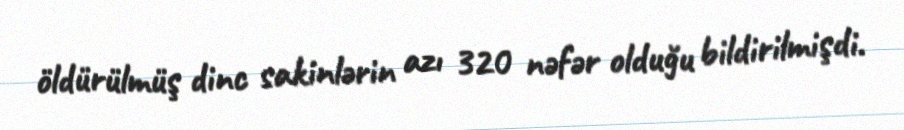
öldürülmüş dinc sakinlərin azı 320 nəfər olduğu bildirilmişdi.